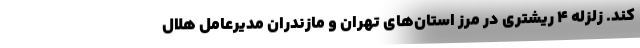
کند. زلزله ۴ ریشتری در مرز استان‌های تهران و مازندران مدیرعامل هلال